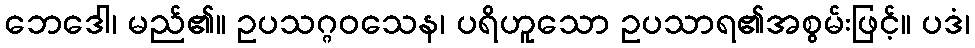
ဘေဒေါ၊ မည်၏။ ဥပသဂ္ဂဝသေန၊ ပရိဟူသော ဥပသာရ၏အစွမ်းဖြင့်။ ပဒံ၊